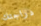
دراجتك